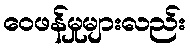
ဝေဖန်မှုများလည်း